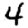
Digit: 4